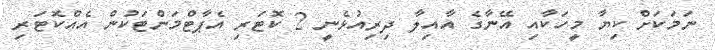
ނަމަކަށް ކިޔާ މީހަކާއި އޭނާގެ އާއިލާ ދިރިއުޅެނީ 2 ކޮޓަރި އެޕާޓްމަންޓަކުން އެއްކޮޓަރި